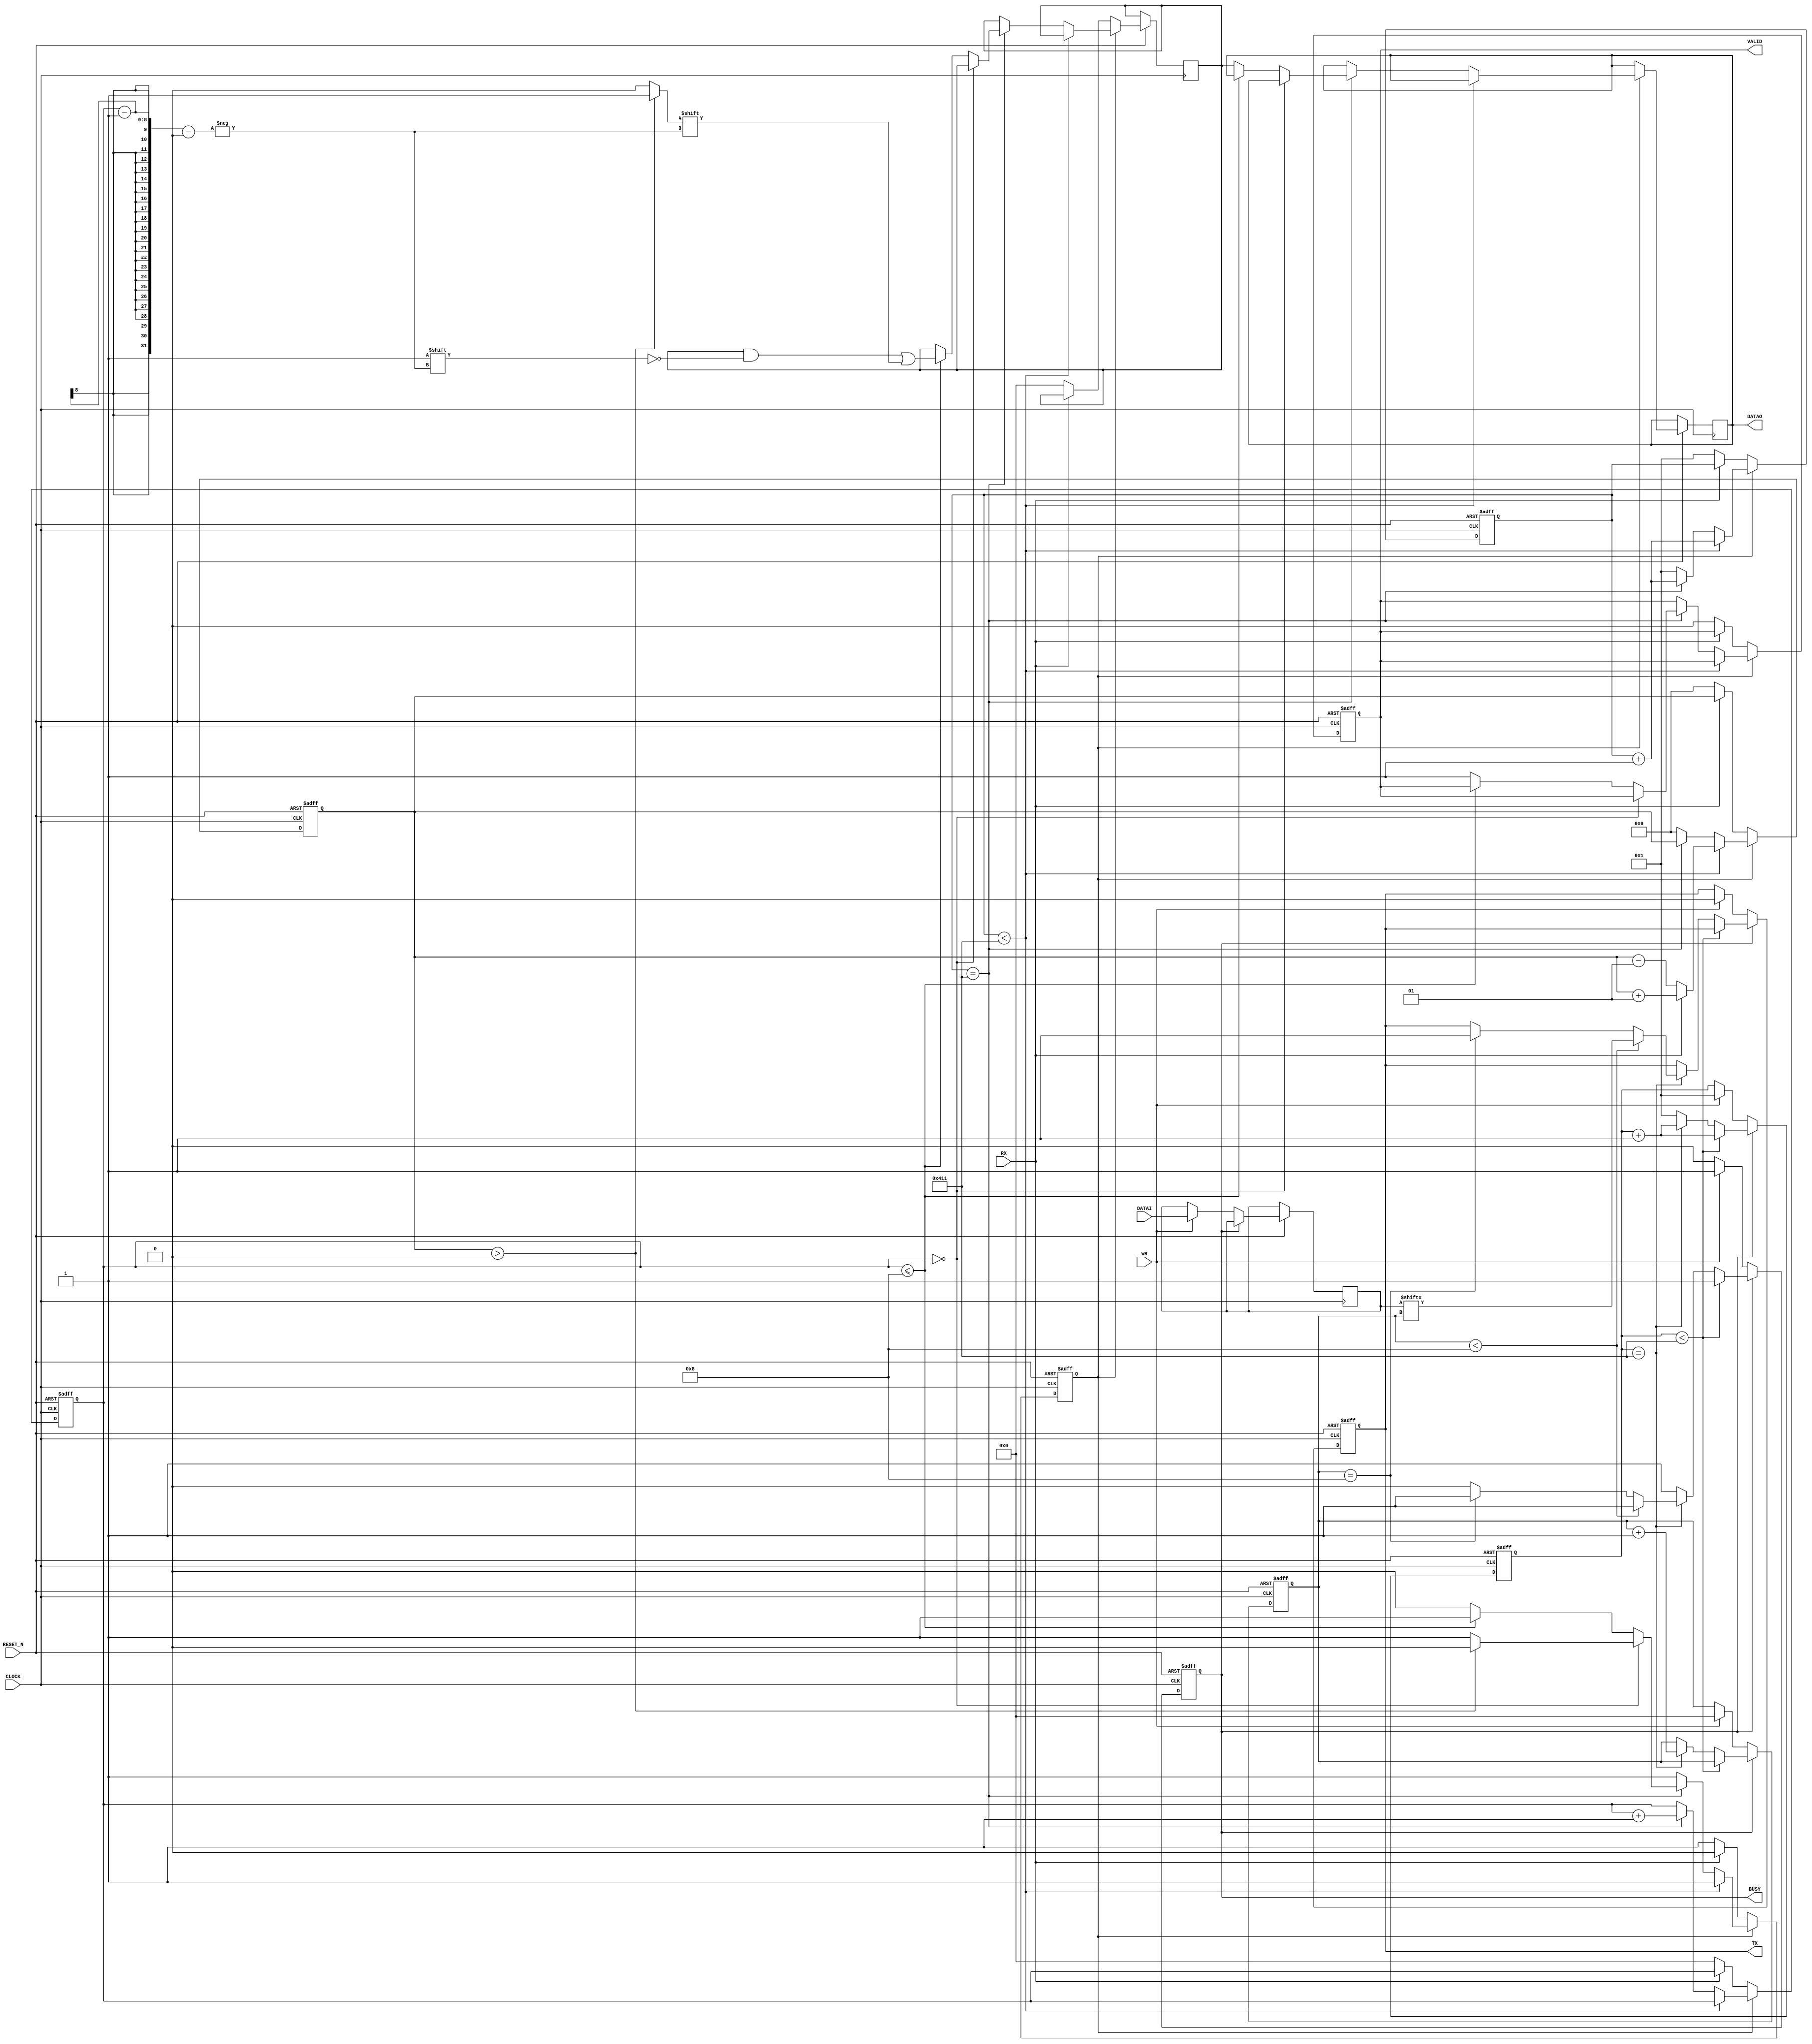
module UART #(parameter BaudRate = 9600, RefFrequency = 10_000_000, N = 8)(
    input    wire            CLOCK,
    input    wire            RESET_N,
    input    wire  [N-1:0]   DATAI, 
    output   reg   [N-1:0]   DATAO, 
    input    wire            WR, 
    output   wire            BUSY, 
    output   reg             VALID, 
    output   reg             TX,
    input    wire            RX
    );

    localparam  cycle = RefFrequency/BaudRate;

    reg  signed  [ 15:0]  varCount = 0;
    reg          [ 15:0]  count0   = 0;
    reg          [ 15:0]  count1   = 0;
    reg          [  7:0]  bit0     = 0;
    reg          [  7:0]  bit1     = 0;
    reg          [N-1:0]  datai    = 0;
    reg          [N-1:0]  datao    = 0;
    reg                   recving  = 0;
    reg                   sending  = 0;

    initial begin
        DATAO <= 0;
        VALID <= 0;
        TX    <= 0;
    end

    always @(posedge CLOCK or negedge RESET_N) begin
        if (!RESET_N) begin
            count0 <= 0;
            bit0 <= 0;
            recving <= 0;
            varCount <= 0;
            VALID <= 0;
        end else begin
            if (recving) begin
                if (count0 < cycle) begin
                    count0 <= count0+1;
                    varCount = RX ? varCount+1 : varCount-1;
                end else if(count0 == cycle) begin
                    count0 <= count0+1; 
                    bit0 <= bit0+1; 
                    if (bit0 == 0) begin
                        if (varCount>0) begin
                            recving <= 0;
                        end 
                    end else if (bit0 <= N) begin
                        datao[bit0-1] <= varCount>0?1:0;
                    end else begin
                        DATAO <= datao;
                        VALID <= 1;
                        recving <= 0;
                    end  
                end else begin
                    count0 <= 1;
                    varCount <= 0;
                end
            end else begin
                if (RX==0) begin
                    recving <= 1;
                    count0 <= 1;
                    bit0 <= 0;
                    varCount <= 0;
                    VALID <= 0;
                    datao <= 0;
                end
            end 
        end
    end

    assign  BUSY = sending;

    always @(posedge CLOCK or negedge RESET_N) begin
        if (!RESET_N) begin
            count1 <= 0;
            bit1 <= 0;
            sending <= 0;  
            TX <= 1;
        end else begin
            if (sending) begin
                if (count1 < cycle) begin
                    count1 <= count1+1;
                end else if(count1 == cycle) begin
                    count1 <= count1+1; 
                    bit1 <= bit1+1; 
                    if (bit1 < N) begin
                        TX <= datai[bit1];
                    end else if (bit1 == N) begin 
                        TX <= 1;
                    end else begin 
                        sending <= 0;
                    end  
                end else begin
                    count1 <= 1; 
                end
            end else begin
                if (WR) begin
                    sending <= 1; 
                    count1 <= 1;
                    datai <= DATAI;
                    bit1 <= 0;
                    TX <= 0;
                end
            end
        end
    end

endmodule